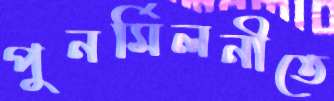
পুনর্মিলনীতে